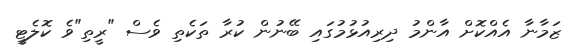
ޒަމާނާ އެއްކޮށް އާންމު ދިރިއުޅުމުގައި ބޭނުން ކުރާ ތަކެތި ވެސް "ރީތި"ވެ ކޮލެޓީ